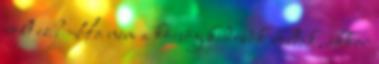
volt ez? Ha nem a köcsög kidobók voltak, akkor